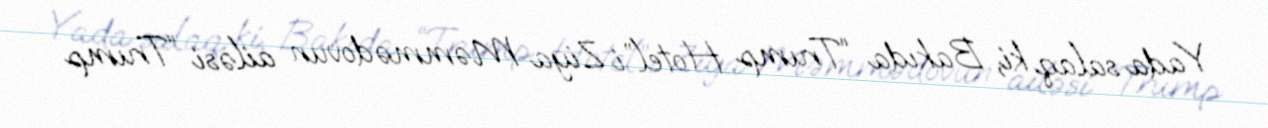
Yada salaq ki, Bakıda “Trump Hotel”i Ziya Məmmədovun ailəsi “Trump